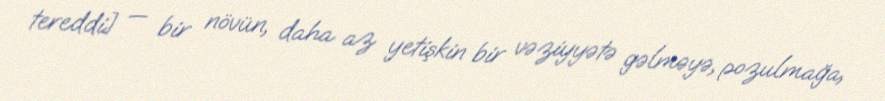
tereddi] — bir növün, daha az yetişkin bir vəziyyətə gəlməyə, pozulmağa,